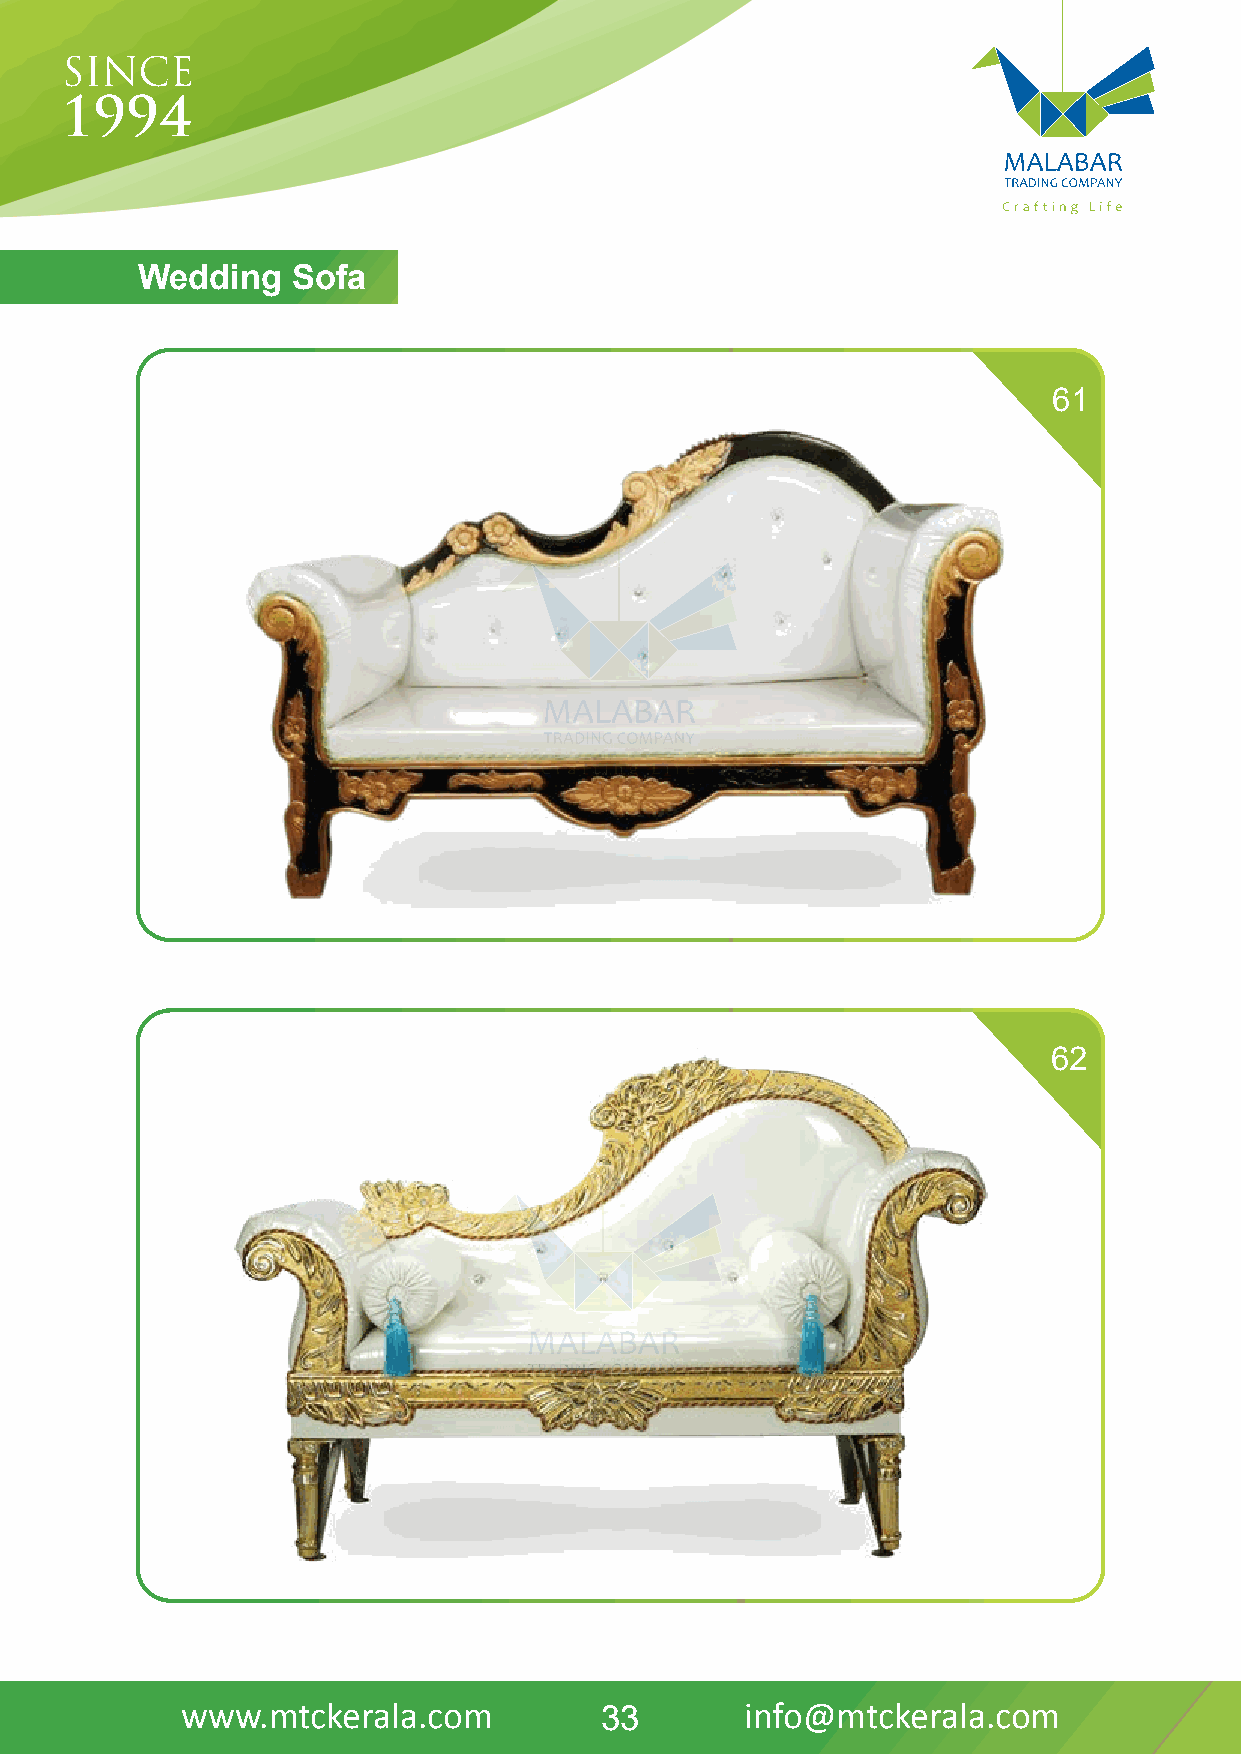
WeddinDgH SIVoAfNa
 61
 62
 www.mtckerala.com           33       info@mtckerala.com